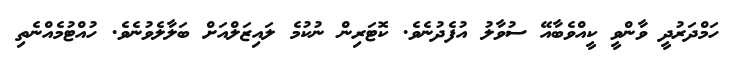
ހަމްދަރުދީ ވާންވީ ކީއްވެބާއޭ ސުވާލު އުފެދުނެވެ. ކޮޓަރިން ނުކުމެ ލައިޒަލްއަށް ބަލާލެވުނެވެ. ހުއްޓުމެއްނެތި